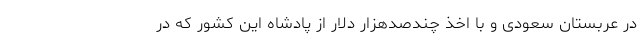
در عربستان سعودی و با اخذ چندصدهزار دلار از پادشاه این کشور که در